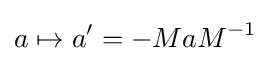
a\mapsto a'=-MaM^{-1}